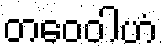
တဝေဝါဟံ